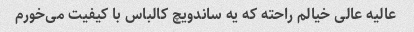
عالیه عالی خیالم راحته که یه ساندویچ کالباس با کیفیت می‌خورم